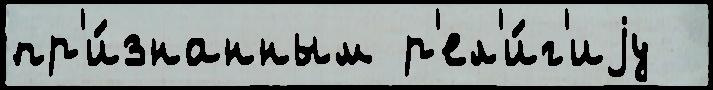
пр'и́знанным р'ел'и́г'иjу